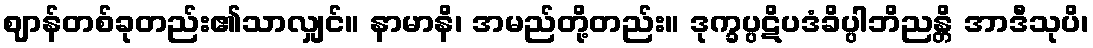
ဈာန်တစ်ခုတည်း၏သာလျှင်။ နာမာနိ၊ အမည်တို့တည်း။ ဒုက္ခပ္ပဋိပဒံခိပ္ပါဘိညန္တိ အာဒီသုပိ၊